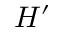
H ^ { \prime }